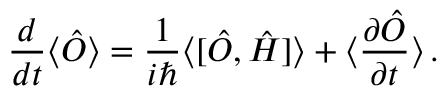
\frac { d } { d t } \langle \hat { O } \rangle = \frac { 1 } { i \hbar } \langle [ \hat { O } , \hat { H } ] \rangle + \langle \frac { \partial \hat { O } } { \partial t } \rangle \, .